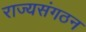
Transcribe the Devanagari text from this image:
राज्यसंगठन